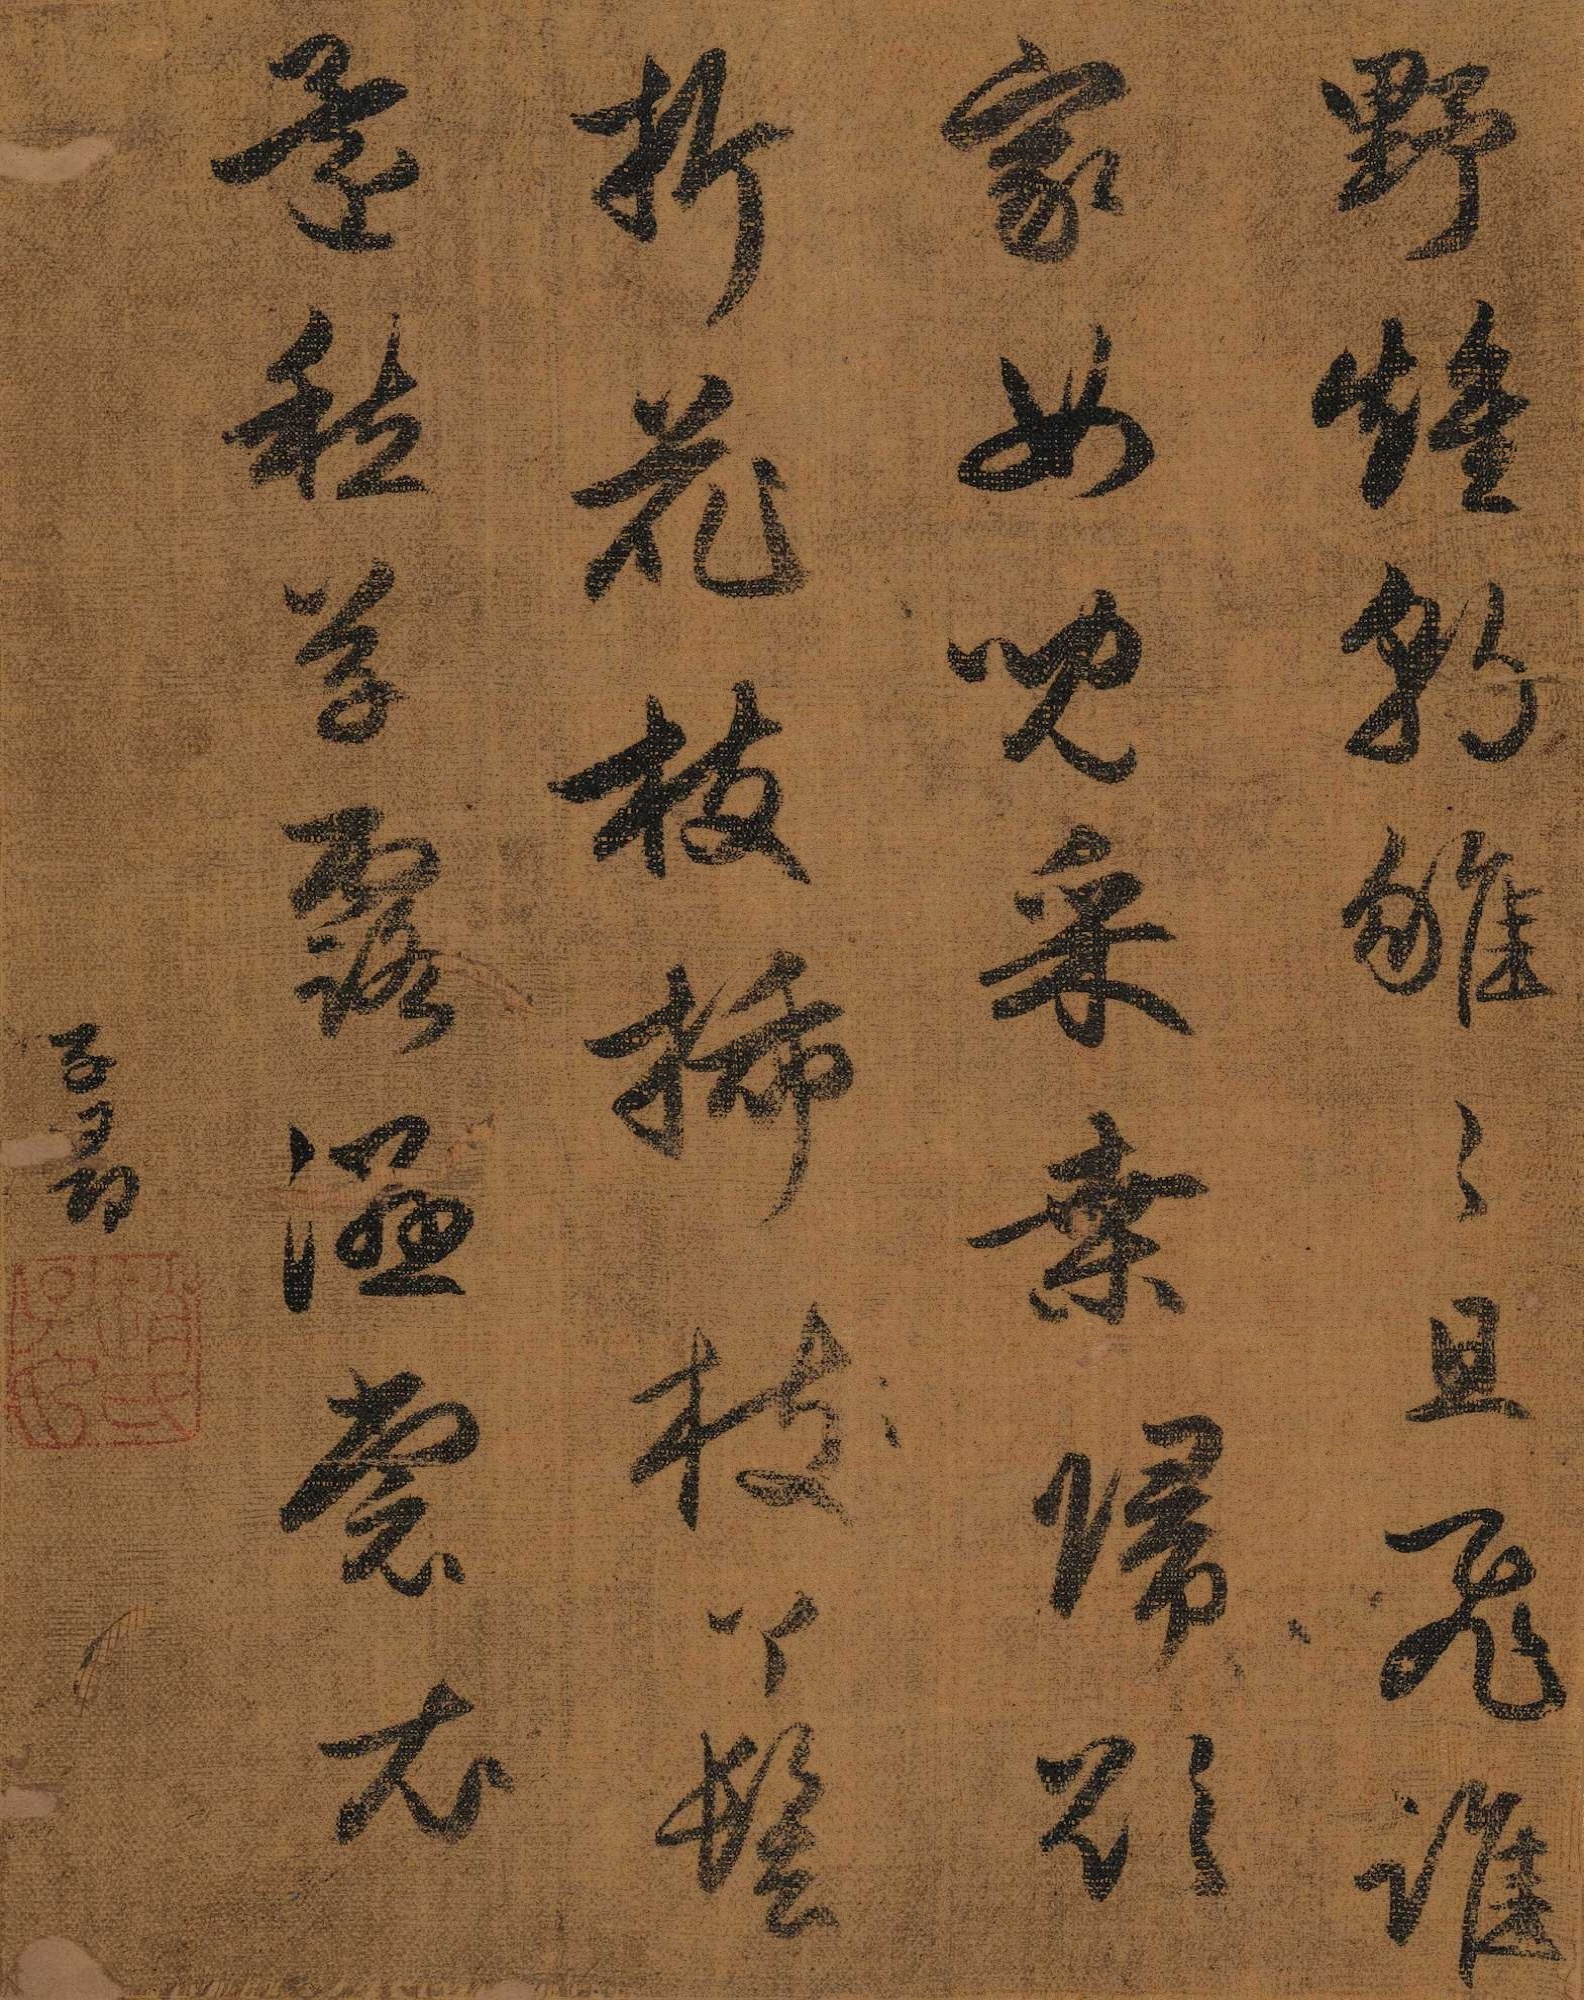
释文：野雉朝雊雊且飞，谁家女儿采桑归。欲折花枝插丫髻，还愁草露湿裳衣。子昂。